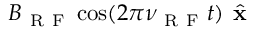
B _ { \mathrm { ~ R ~ F ~ } } \cos ( 2 \pi \nu _ { \mathrm { ~ R ~ F ~ } } t ) \hat { \textbf { x } }